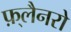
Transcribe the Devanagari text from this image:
फ़्लैनरो